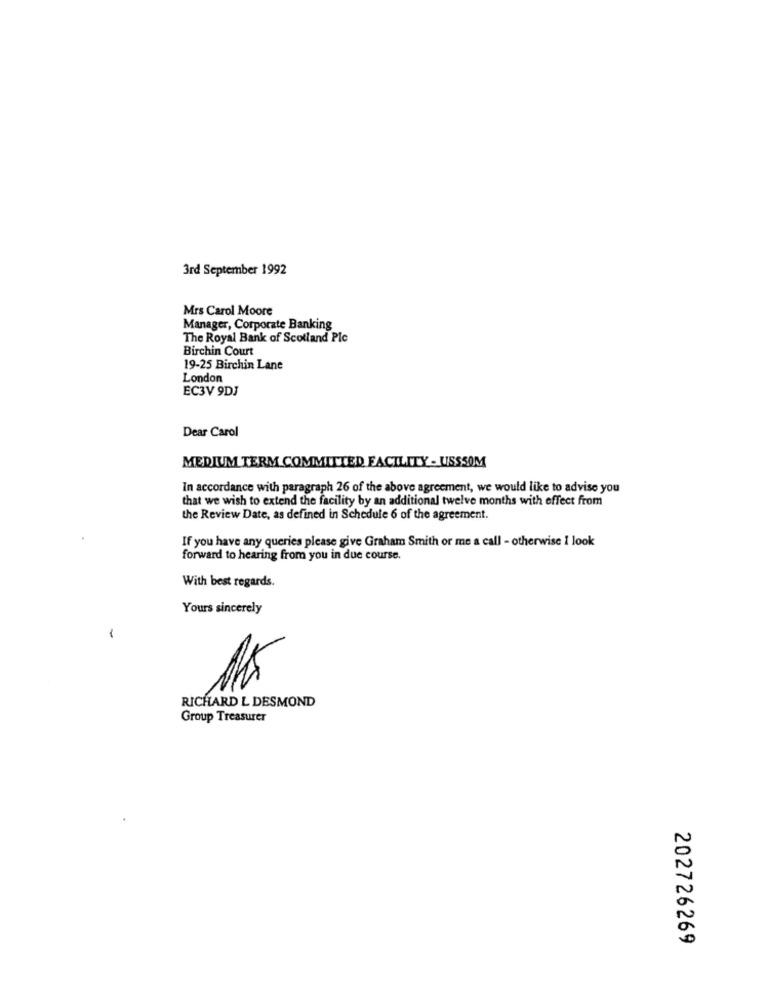
3rd September 1992
Mrs Carol Moore
Manager, Corporate Banking
The Royal Bank of Scotland Plc
Birchin Court
19-25 Birchin Lane
London
EC3V 9DJ
Dear Carol
MEDIUM TERM COMMITTED FACILITY - USSSOM
In accordance with paragraph 26 of the above agreement, we would like to advise you
that we wish to extend the facility by an additional twelve months with effect from
the Review Date, as defined in Schedule 6 of the agreement.
If you have any queries please give Graham Smith or me a call - otherwise 1 look
forward to hearing from you in due course.
With best regards.
Yours sincerely
1
RICHARD L DESMOND
Group Treasurer
N
N
202726269